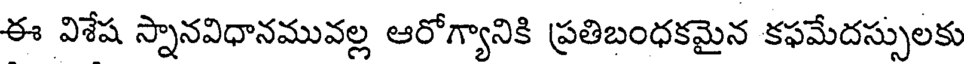
ఈ విశేష స్నానవిధానమువల్ల ఆరోగ్యానికి ప్రతిబంధకమైన కఫమేదస్సులకు